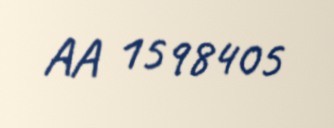
AA 1598405